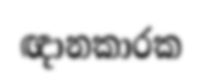
ඥානකාරක